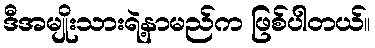
ဒီအမျိုးသားရဲ့နာမည်က ဖြစ်ပါတယ်။